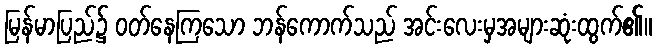
မြန်မာပြည်၌ ဝတ်နေကြသော ဘန်ကောက်သည် အင်းလေးမှအများဆုံးထွက်၏။